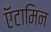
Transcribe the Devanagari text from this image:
ऍटामिन